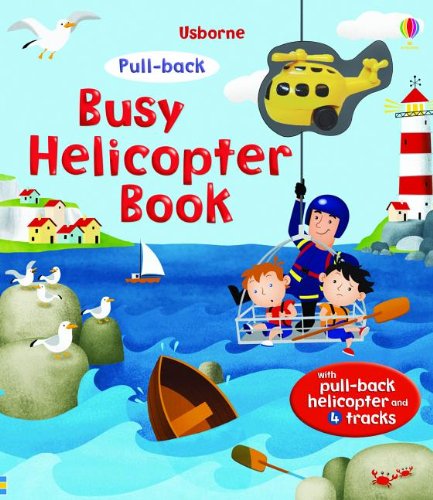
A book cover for Busy Helicopter Book (Pull-Back Books); Fiona Watt; Children's Books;